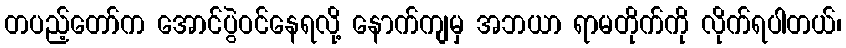
တပည့်တော်က အောင်ပွဲဝင်နေရလို့ နောက်ကျမှ အဘယာ ရာမတိုက်ကို လိုက်ရပါတယ်၊